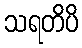
သရတိပိ